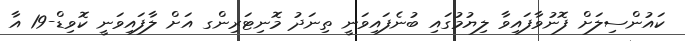
ކައުންސިލަށް ފޮނުވާފައިވާ ލިޔުމުގައި ބުނެފައިވަނީ ތިނަދު މޮނިޓަރިންގ އަށް ލާފައިވަނީ ކޮވިޑް-19 އާ